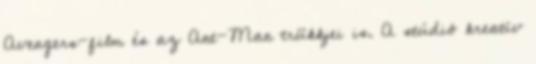
Avengers-film és az Ant-Man trükkjei is. A stúdió kreatív